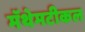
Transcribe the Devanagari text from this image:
मॅथेमटीकल